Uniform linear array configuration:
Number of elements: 64
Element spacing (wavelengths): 0.5
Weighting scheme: uniform
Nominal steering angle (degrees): -30
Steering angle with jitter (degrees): -31.222
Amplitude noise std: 0.05
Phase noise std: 0.05

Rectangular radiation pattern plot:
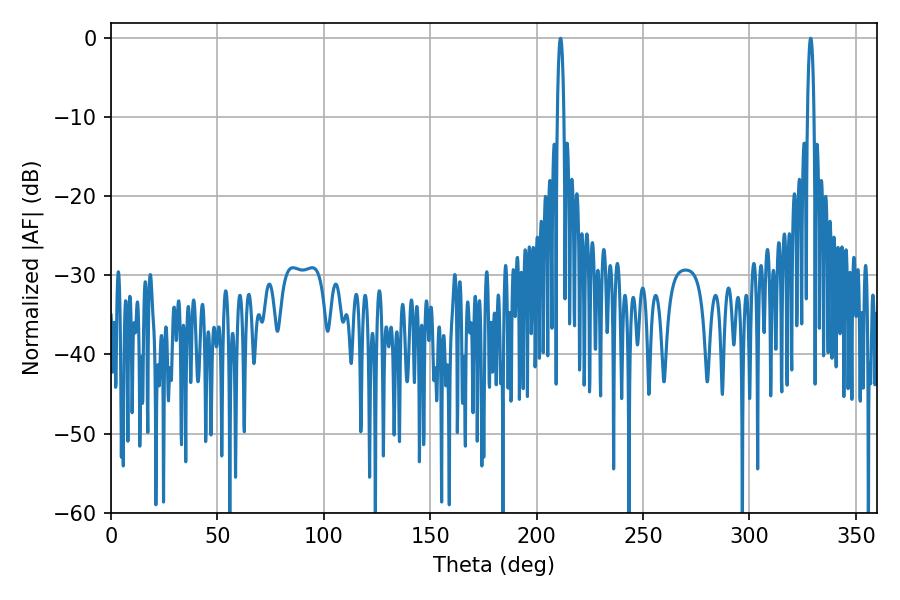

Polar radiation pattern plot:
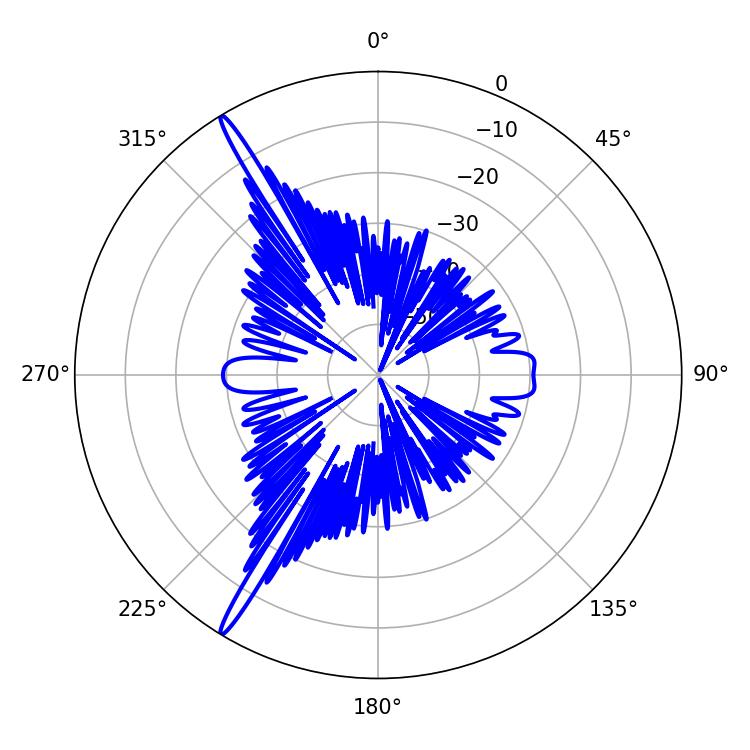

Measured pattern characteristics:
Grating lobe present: FALSE
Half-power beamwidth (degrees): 1.62
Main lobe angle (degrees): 211.14